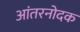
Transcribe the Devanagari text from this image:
आंतरनोदक